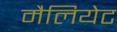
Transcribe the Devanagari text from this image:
मैलियेट